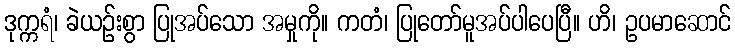
ဒုက္ကရံ၊ ခဲယဉ်းစွာ ပြုအပ်သော အမှုကို။ ကတံ၊ ပြုတော်မူအပ်ပါပေပြီ။ ဟိ၊ ဥပမာဆောင်